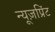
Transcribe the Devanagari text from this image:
न्यूज़प्रिंट